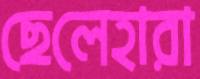
ছেলেহারা